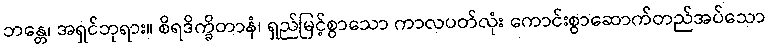
ဘန္တေ၊ အရှင်ဘုရား။ စိရဒိက္ခိတာနံ၊ ရှည်မြင့်စွာသော ကာလပတ်လုံး ကောင်းစွာဆောက်တည်အပ်သော